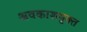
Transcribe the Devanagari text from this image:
अवकाशमुक्त